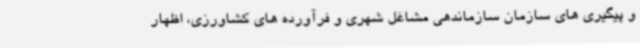
و پیگیری های سازمان سازماندهی مشاغل شهری و فرآورده های کشاورزی، اظهار